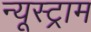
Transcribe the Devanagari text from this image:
न्यूस्ट्राम